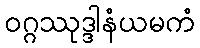
ဝဂ္ဂဿုဒ္ဒါနံယမကံ